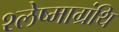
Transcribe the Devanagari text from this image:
श्लेष्माग्रंथि